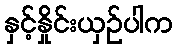
နှင့်နှိုင်းယှဉ်ပါက